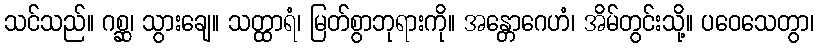
သင်သည်။ ဂစ္ဆ၊ သွားချေ။ သတ္ထာရံ၊ မြတ်စွာဘုရားကို။ အန္တောဂေဟံ၊ အိမ်တွင်းသို့။ ပဝေသေတွာ၊